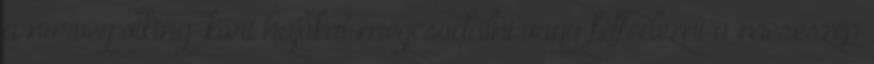
a norvég viking-kori hajókat megcsodálni vagy felfedezni a meseszép